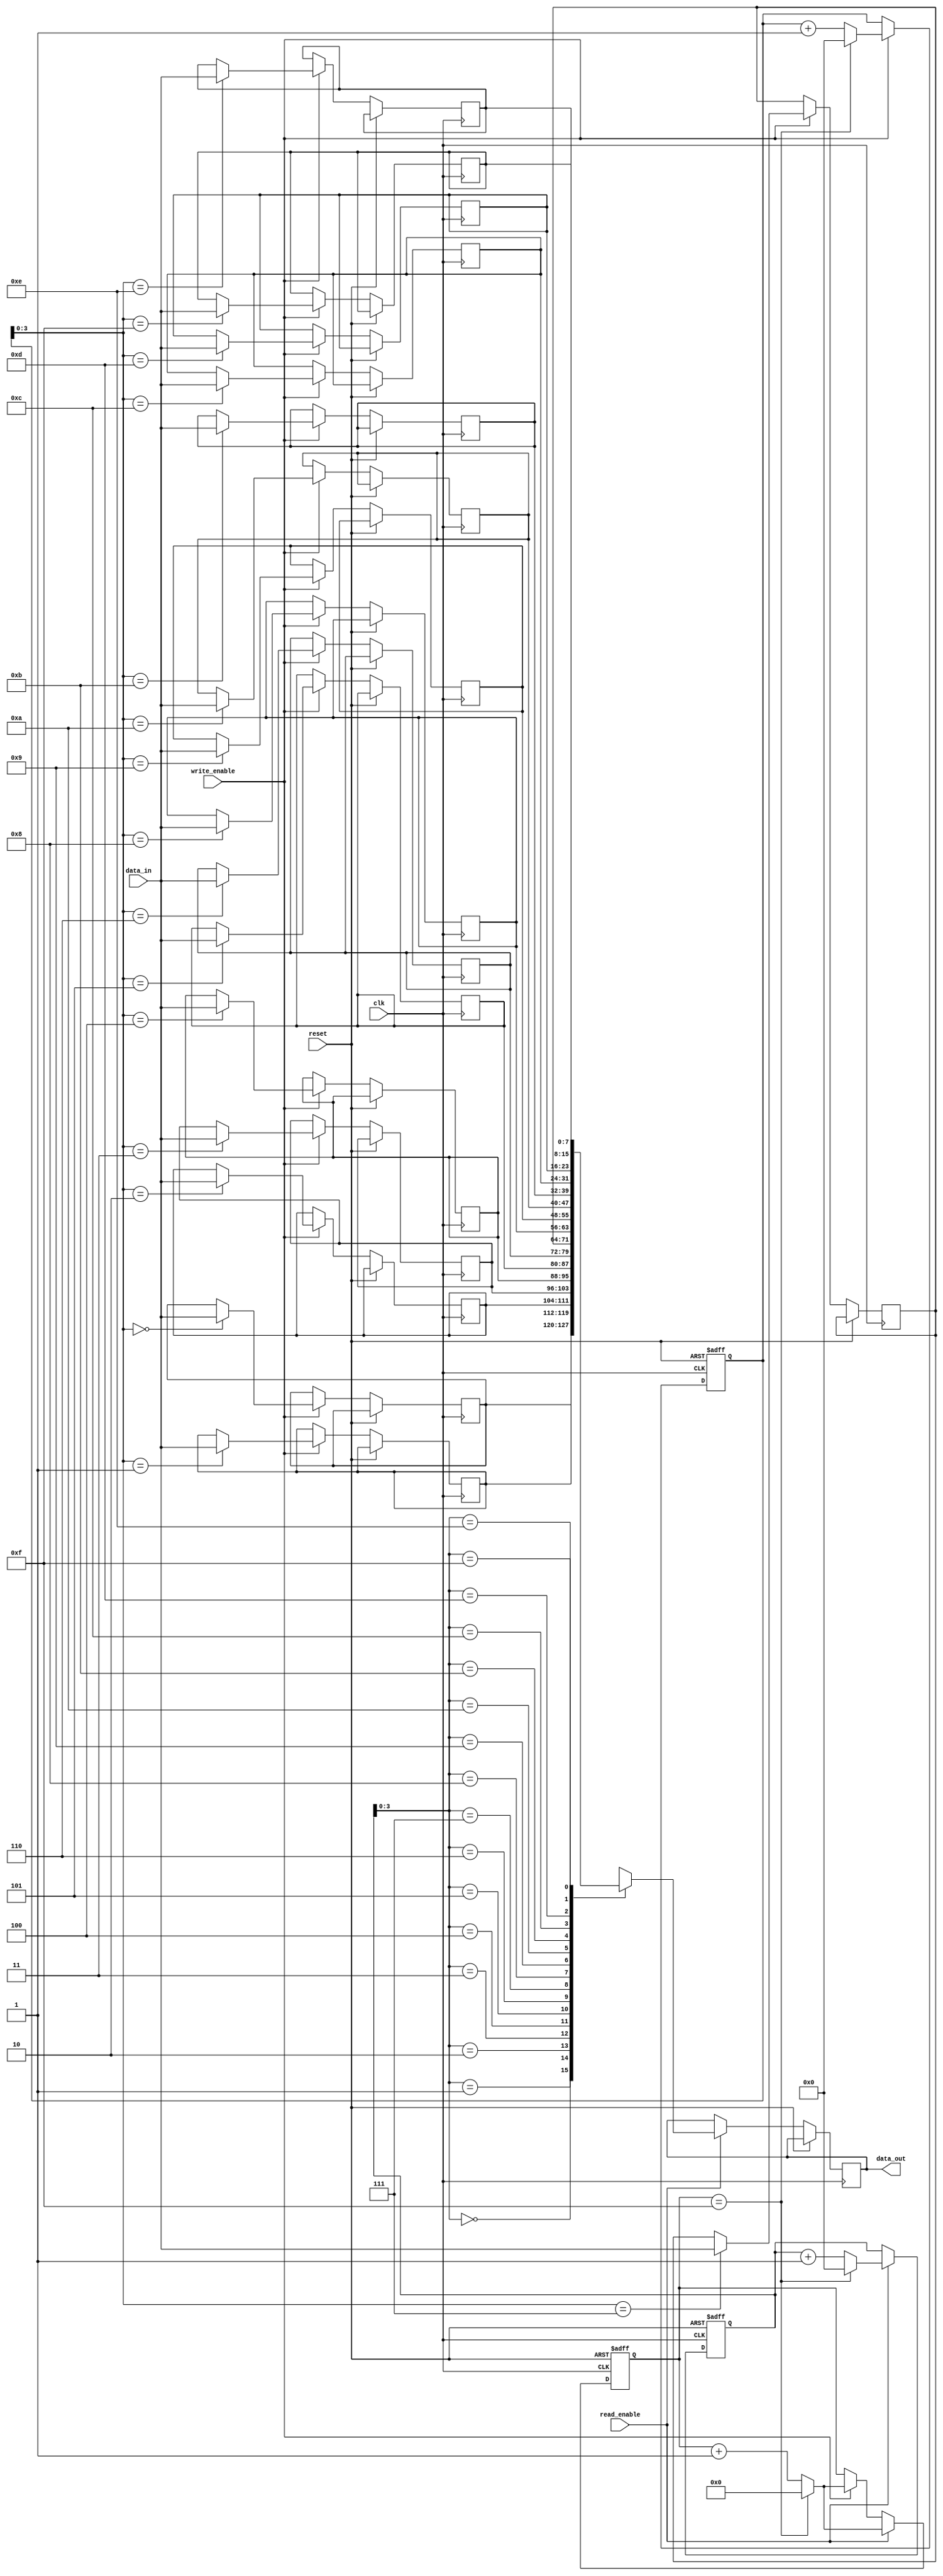
module Gray_FIFO (
    input clk,
    input reset,
    input write_enable,
    input read_enable,
    input [7:0] data_in,
    output reg [7:0] data_out
);

reg [3:0] gray_counter;
reg [7:0] memory [15:0];
reg [7:0] read_address;
reg [7:0] write_address;

always @(posedge clk or posedge reset) begin
    if (reset) begin
        gray_counter <= 4'b0000;
        read_address <= 8'b00000000;
        write_address <= 8'b00000000;
    end else begin
        if (write_enable) begin
            memory[write_address] <= data_in;
            write_address <= (gray_counter == 4'b1111) ? 8'b00000000 : write_address + 1;
            gray_counter <= (gray_counter == 4'b1111) ? 4'b0000 : gray_counter + 1;
        end
        if (read_enable) begin
            data_out <= memory[read_address];
            read_address <= (gray_counter == 4'b1111) ? 8'b00000000 : read_address + 1;
            gray_counter <= (gray_counter == 4'b1111) ? 4'b0000 : gray_counter + 1;
        end
    end
end

endmodule